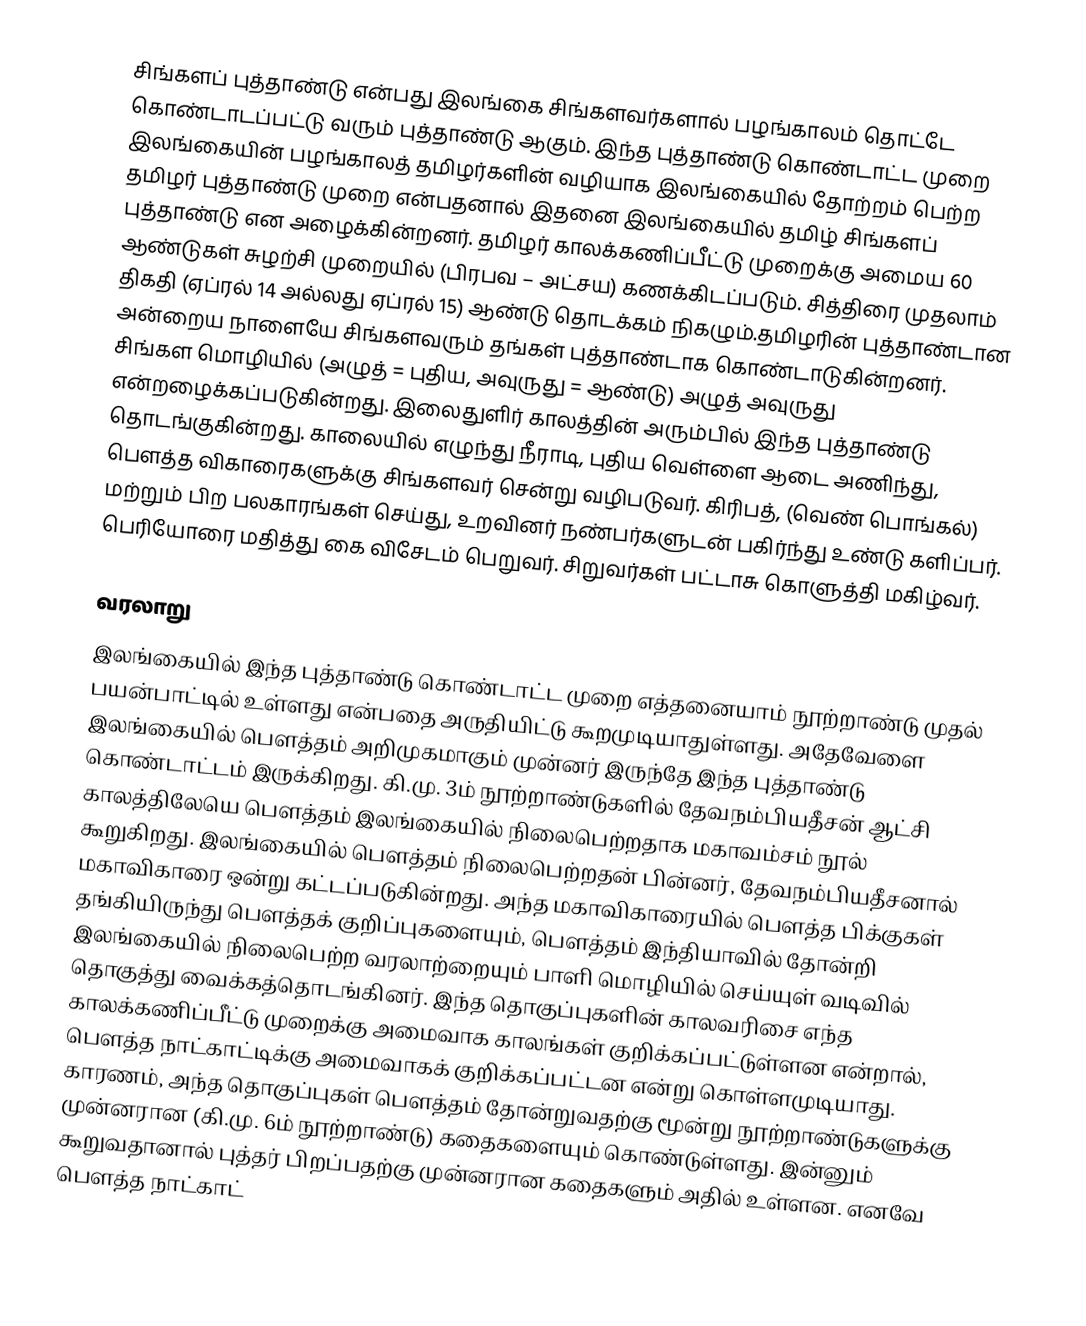
சிங்களப் புத்தாண்டு என்பது இலங்கை சிங்களவர்களால் பழங்காலம் தொட்டே கொண்டாடப்பட்டு வரும் புத்தாண்டு ஆகும். இந்த புத்தாண்டு கொண்டாட்ட முறை இலங்கையின் பழங்காலத் தமிழர்களின் வழியாக இலங்கையில் தோற்றம் பெற்ற தமிழர் புத்தாண்டு முறை என்பதனால் இதனை இலங்கையில் தமிழ் சிங்களப் புத்தாண்டு என அழைக்கின்றனர். தமிழர் காலக்கணிப்பீட்டு முறைக்கு அமைய 60 ஆண்டுகள் சுழற்சி முறையில் (பிரபவ – அட்சய) கணக்கிடப்படும். சித்திரை முதலாம் திகதி (ஏப்ரல் 14 அல்லது ஏப்ரல் 15) ஆண்டு தொடக்கம் நிகழும்.தமிழரின் புத்தாண்டான அன்றைய நாளையே சிங்களவரும் தங்கள் புத்தாண்டாக கொண்டாடுகின்றனர். சிங்கள மொழியில் (அழுத் = புதிய, அவுருது = ஆண்டு) அழுத் அவுருது என்றழைக்கப்படுகின்றது. இலைதுளிர் காலத்தின் அரும்பில் இந்த புத்தாண்டு தொடங்குகின்றது. காலையில் எழுந்து நீராடி, புதிய வெள்ளை ஆடை அணிந்து, பௌத்த விகாரைகளுக்கு சிங்களவர் சென்று வழிபடுவர்.  கிரிபத், (வெண் பொங்கல்) மற்றும் பிற பலகாரங்கள் செய்து, உறவினர் நண்பர்களுடன் பகிர்ந்து உண்டு களிப்பர். பெரியோரை மதித்து கை விசேடம் பெறுவர். சிறுவர்கள் பட்டாசு கொளுத்தி மகிழ்வர்.

வரலாறு
இலங்கையில் இந்த புத்தாண்டு கொண்டாட்ட முறை எத்தனையாம் நூற்றாண்டு முதல் பயன்பாட்டில் உள்ளது என்பதை அருதியிட்டு கூறமுடியாதுள்ளது. அதேவேளை இலங்கையில் பௌத்தம் அறிமுகமாகும் முன்னர் இருந்தே இந்த புத்தாண்டு கொண்டாட்டம் இருக்கிறது. கி.மு. 3ம் நூற்றாண்டுகளில் தேவநம்பியதீசன் ஆட்சி காலத்திலேயெ பௌத்தம் இலங்கையில் நிலைபெற்றதாக மகாவம்சம் நூல் கூறுகிறது. இலங்கையில் பௌத்தம் நிலைபெற்றதன் பின்னர், தேவநம்பியதீசனால் மகாவிகாரை ஒன்று கட்டப்படுகின்றது. அந்த மகாவிகாரையில் பௌத்த பிக்குகள் தங்கியிருந்து பௌத்தக் குறிப்புகளையும், பௌத்தம் இந்தியாவில் தோன்றி இலங்கையில் நிலைபெற்ற வரலாற்றையும் பாளி மொழியில் செய்யுள் வடிவில் தொகுத்து வைக்கத்தொடங்கினர். இந்த தொகுப்புகளின் காலவரிசை எந்த காலக்கணிப்பீட்டு முறைக்கு அமைவாக காலங்கள் குறிக்கப்பட்டுள்ளன என்றால், பௌத்த நாட்காட்டிக்கு அமைவாகக் குறிக்கப்பட்டன என்று கொள்ளமுடியாது. காரணம், அந்த தொகுப்புகள் பௌத்தம் தோன்றுவதற்கு மூன்று நூற்றாண்டுகளுக்கு முன்னரான (கி.மு. 6ம் நூற்றாண்டு) கதைகளையும் கொண்டுள்ளது. இன்னும் கூறுவதானால் புத்தர் பிறப்பதற்கு முன்னரான கதைகளும் அதில் உள்ளன. எனவே பௌத்த நாட்காட்